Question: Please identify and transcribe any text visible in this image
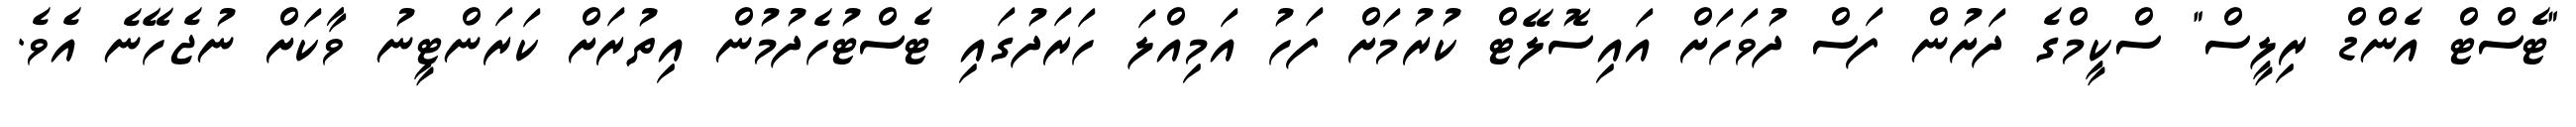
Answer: "ޓެސްޓް އެންޑް ރިލީސް" ސްކީމްގެ ދަށުން ފަސް ދުވަހަށް އައިސޮލޭޓް ކުރުމަށް ފަހު އަމިއްލަ ހަރަދުގައި ޓެސްޓުހެދުމުން އިތުރަށް ކަރަންޓީނު ވާކަށް ނުޖެހޭނެ އެވެ.